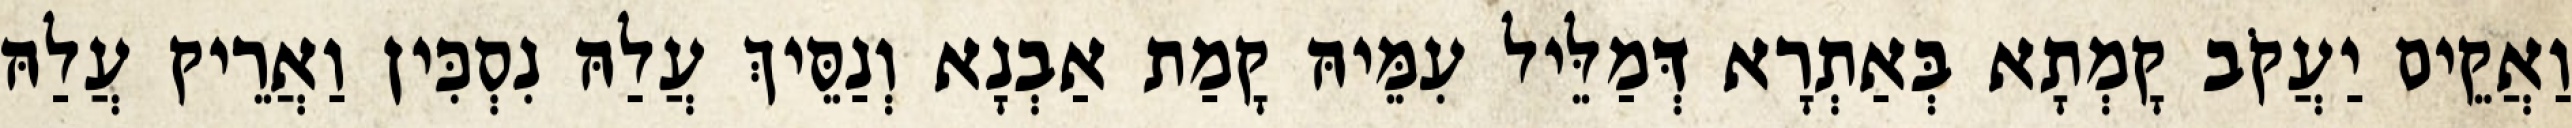
וַאֲקֵים יַעֲקֹב קָמְתָא בְּאַתְרָא דְּמַלֵּיל עִמֵּיהּ קָמַת אַבְנָא וְנַסֵּיךְ עֲלַהּ נִסְכִּין וַאֲרֵיק עֲלַהּ